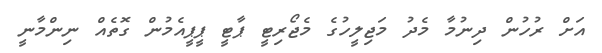
އަށް ރުހުން ދިނުމާ މެދު މަޖިލީހުގެ މެޖޯރިޓީ ޕާޓީ ޕީޕީއެމުން ގޮތެއް ނިންމާނީ